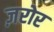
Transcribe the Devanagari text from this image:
ज़रोर